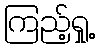
ကြည့်ရှု့